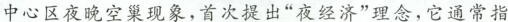
中心区夜晚空巢现象，首次提出“夜经济”理念，它通常指